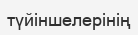
түйіншелерінің